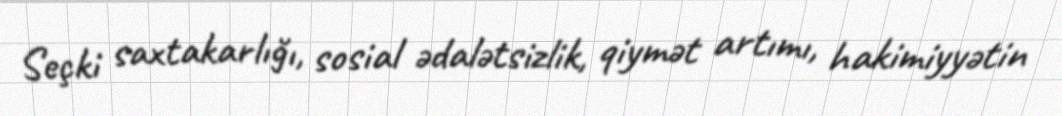
Seçki saxtakarlığı, sosial ədalətsizlik, qiymət artımı, hakimiyyətin